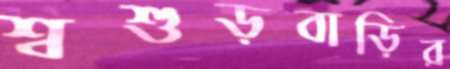
শ্বশুড়বাড়ির